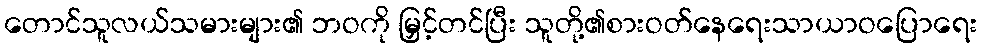
တောင်သူလယ်သမားများ၏ ဘဝကို မြှင့်တင်ပြီး သူတို့၏စားဝတ်နေရေးသာယာဝပြောရေး